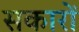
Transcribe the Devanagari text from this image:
सकारों